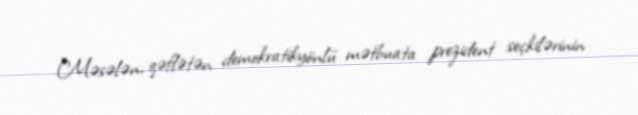
Məsələn, qəflətən demokratikyönlü mətbuata prezident seçkilərinin